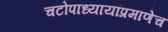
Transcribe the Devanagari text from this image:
चटोपाध्यायांप्रमाणेच